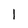
Character: l